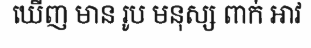
ឃើញ មាន រូប មនុស្ស ពាក់ អាវ